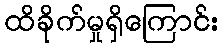
ထိခိုက်မှုရှိကြောင်း